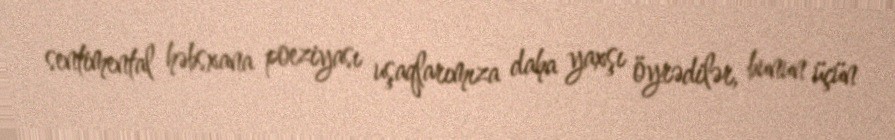
sentimental həbsxana poeziyası uşaqlarımıza daha yaxşı öyrədilər, bunun üçün